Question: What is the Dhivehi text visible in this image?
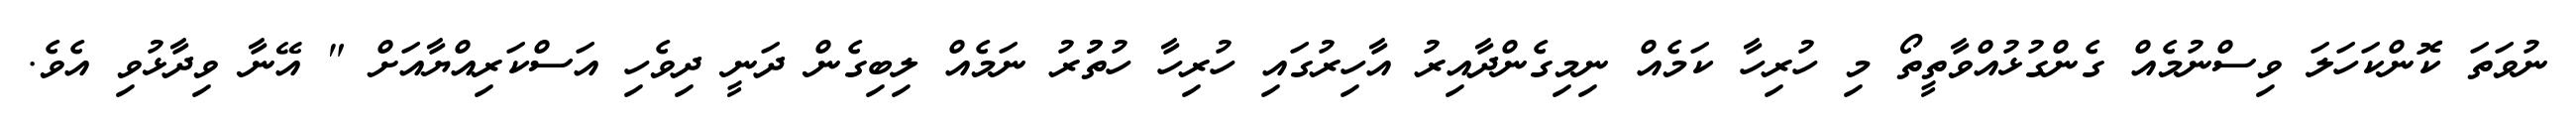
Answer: ނުވަތަ ކޮންކަހަލަ ވިސްނުމެއް ގެންގުޅުއްވާތީތޯ މި ހުރިހާ ކަމެއް ނިމިގެންދާއިރު އާހިރުގައި ހުރިހާ ހުތުުރު ނަމެއް ލިބިގެން ދަނީ ދިވެހި އަސްކަރިއްޔާއަށް " އޭނާ ވިދާޅުވި އެވެ.